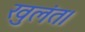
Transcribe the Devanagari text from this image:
खुलंत।